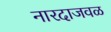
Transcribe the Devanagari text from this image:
नारदाजवळ